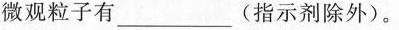
微观粒子有___(指示剂除外)。